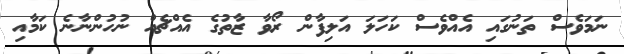
ނަމަވެސް ތަނުގައި އެއްވެސް ކަހަލަ އަލިފާން ރޯވާ ޒާތުގެ އެއްޗެއް ނުހުންނާނެ ކަމާއި